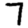
Digit: 7